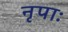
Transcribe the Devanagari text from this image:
नृपाः